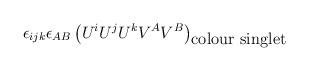
LaTeX: \begin{align*}\epsilon_{ijk}\epsilon_{AB}\left( U^i U^j U^k V^A V^B\right) _{\mbox{colour singlet}}\end{align*}